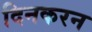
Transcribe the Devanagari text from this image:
दिनकरन